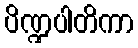
ပိဏ္ဍပါတိကာ